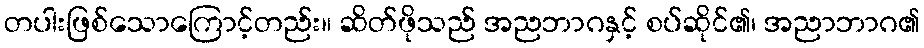
တပါးဖြစ်သောကြောင့်တည်း။ ဆိတ်ဖိုသည် အညဘာဂနှင့် စပ်ဆိုင်၏၊ အညာဘာဂ၏